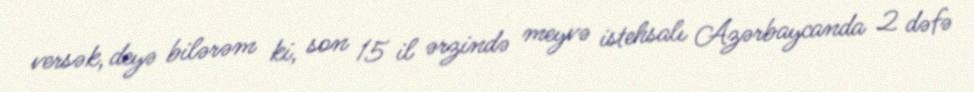
versək, deyə bilərəm ki, son 15 il ərzində meyvə istehsalı Azərbaycanda 2 dəfə